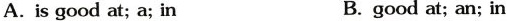
A.is good at; a; in B. good at; an; in